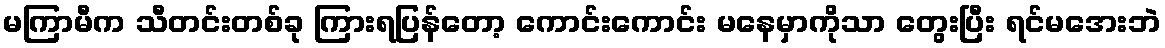
မကြာမီက သီတင်းတစ်ခု ကြားရပြန်တော့ ကောင်းကောင်း မနေမှာကိုသာ တွေးပြီး ရင်မအေးဘဲ